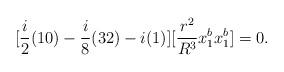
LaTeX: \begin{align*}[\frac{i}{2}(10)-\frac{i}{8}(32)-i(1)][ \frac{r^2}{R^3} x_1^b x_1^b ]=0.\end{align*}